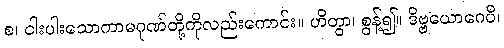
စ၊ ငါးပါးသောကာမဂုဏ်တို့ကိုလည်းကောင်း။ ဟိတွာ၊ စွန့်၍။ ဒိဗ္ဗယောဂေပိ၊